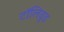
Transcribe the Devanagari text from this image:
टॉलिवुड